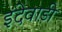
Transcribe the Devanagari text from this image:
इंदेवाडी